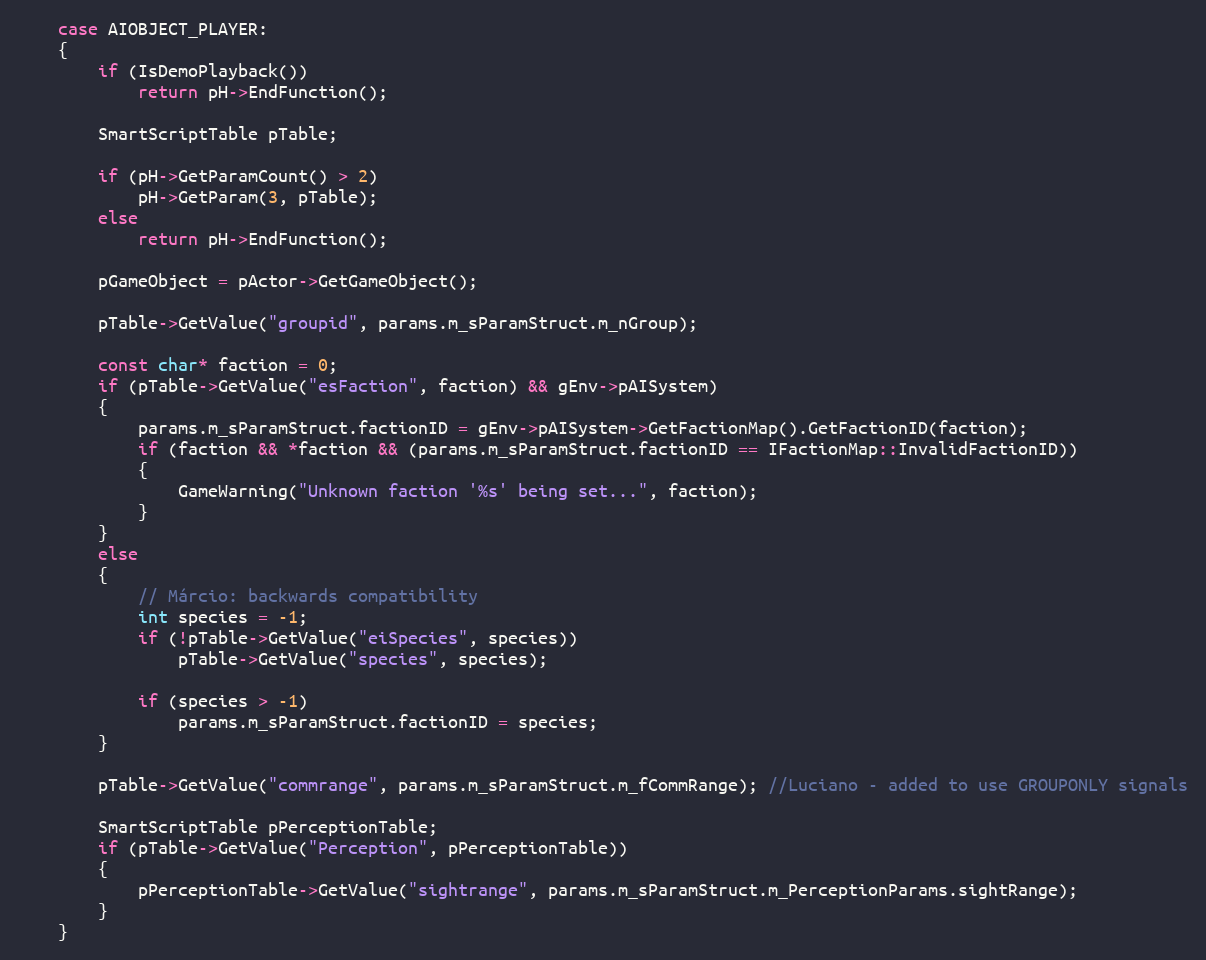
Language: C++
	case AIOBJECT_PLAYER:
	{
		if (IsDemoPlayback())
			return pH->EndFunction();

		SmartScriptTable pTable;

		if (pH->GetParamCount() > 2)
			pH->GetParam(3, pTable);
		else
			return pH->EndFunction();

		pGameObject = pActor->GetGameObject();

		pTable->GetValue("groupid", params.m_sParamStruct.m_nGroup);

		const char* faction = 0;
		if (pTable->GetValue("esFaction", faction) && gEnv->pAISystem)
		{
			params.m_sParamStruct.factionID = gEnv->pAISystem->GetFactionMap().GetFactionID(faction);
			if (faction && *faction && (params.m_sParamStruct.factionID == IFactionMap::InvalidFactionID))
			{
				GameWarning("Unknown faction '%s' being set...", faction);
			}
		}
		else
		{
			// Márcio: backwards compatibility
			int species = -1;
			if (!pTable->GetValue("eiSpecies", species))
				pTable->GetValue("species", species);

			if (species > -1)
				params.m_sParamStruct.factionID = species;
		}

		pTable->GetValue("commrange", params.m_sParamStruct.m_fCommRange); //Luciano - added to use GROUPONLY signals

		SmartScriptTable pPerceptionTable;
		if (pTable->GetValue("Perception", pPerceptionTable))
		{
			pPerceptionTable->GetValue("sightrange", params.m_sParamStruct.m_PerceptionParams.sightRange);
		}
	}